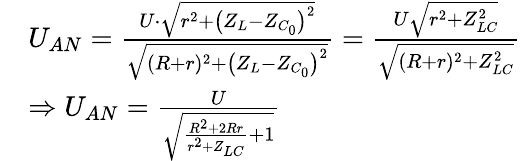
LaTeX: \begin{array}{rl}&{U_{AN}=\frac{U\cdot\sqrt{r^{2}+\left(Z_{L}-Z_{C_{0}}\right)^{2}}}{\sqrt{(R+r)^{2}+\left(Z_{L}-Z_{C_{0}}\right)^{2}}}=\frac{U\sqrt{r^{2}+Z_{LC}^{2}}}{\sqrt{(R+r)^{2}+Z_{LC}^{2}}}}\\ &{\Rightarrow U_{AN}=\frac{U}{\sqrt{\frac{R^{2}+2Rr}{r^{2}+Z_{LC}}+1}}}\end{array}